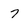
Character: 7